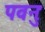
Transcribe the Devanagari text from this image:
पवनुः